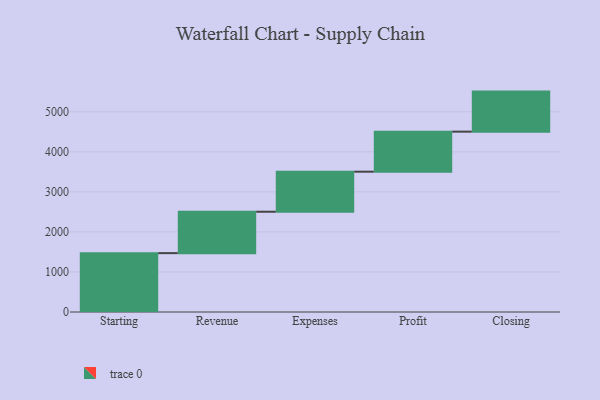
{"axis": {"x": "Step", "y": "Value"}, "legend": [""], "data": [{"x": "Starting", "y": 1470.0, "type": ""}, {"x": "Revenue", "y": 1034.0, "type": ""}, {"x": "Expenses", "y": 1000, "type": ""}, {"x": "Profit", "y": 1000, "type": ""}, {"x": "Closing", "y": 1000, "type": ""}]}